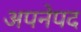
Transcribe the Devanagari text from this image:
अपनेपद